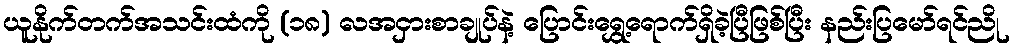
ယူနိုက်တက်အသင်းထံကို (၁၈) လအငှားစာချုပ်နဲ့ ပြောင်းရွှေ့ရောက်ရှိခဲ့ပြီဖြစ်ပြီး နည်းပြမော်ရင်ညို